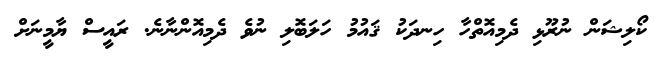
ކޯލިޝަން ނުރޫޅި ދެމިއޮތްހާ ހިނދަކު ޤައުމު ހަލަބޮލި ނުވެ ދެމިއޮންނާނެ. ރައީސް ޔާމީނަށް